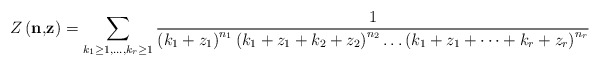
\begin{align*}Z\left(\mathbf{n,}\mathbf{z}\right)=\sum_{k_{1}\ge1,\dots,k_{r}\ge1}\frac{1}{\left(k_{1}+z_{1}\right)^{n_{1}}\left(k_{1}+z_{1}+k_{2}+z_{2}\right)^{n_{2}}\dots\left(k_{1}+z_{1}+\dots+k_{r}+z_{r}\right)^{n_{r}}}\end{align*}